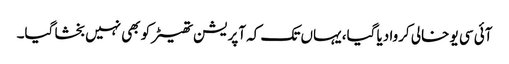
آئی سی یو خالی کروا دیا گیا، یہاں تک کہ آپریشن تھیٹر کو بھی نہیں بخشا گیا۔